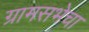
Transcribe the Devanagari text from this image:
ग्रामसभेचा